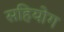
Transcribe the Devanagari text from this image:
सहियोग